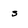
Character: s